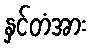
နှင်တံအား